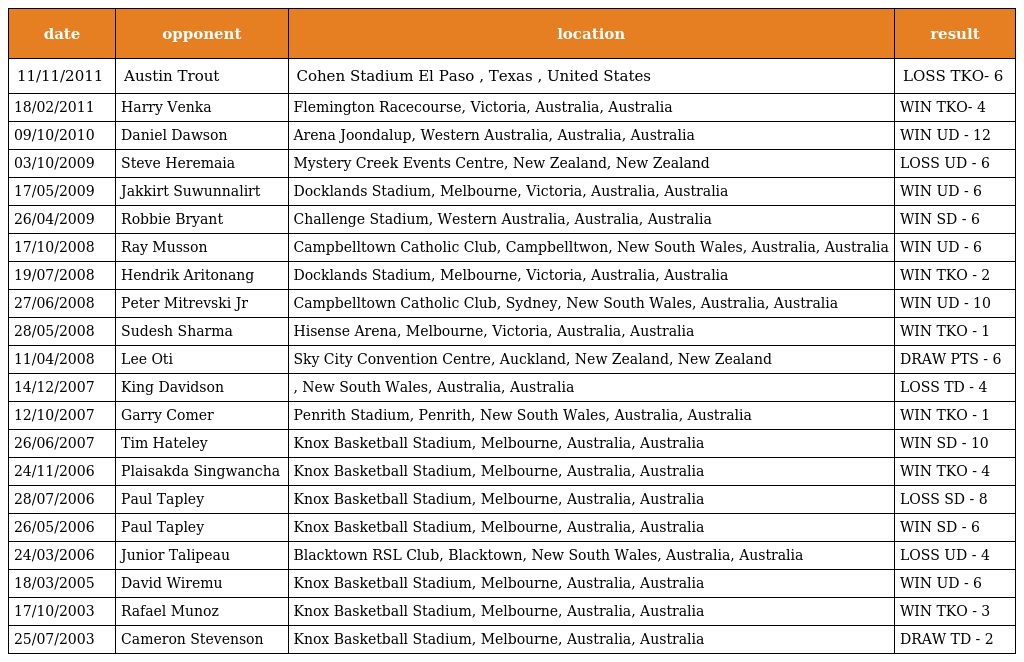
| date | opponent | location | result |
 | --- | --- | --- | --- |
 | 11/11/2011 | Austin Trout | Cohen Stadium El Paso , Texas , United States | LOSS TKO- 6 |
 | 18/02/2011 | Harry Venka | Flemington Racecourse, Victoria, Australia, Australia | WIN TKO- 4 |
 | 09/10/2010 | Daniel Dawson | Arena Joondalup, Western Australia, Australia, Australia | WIN UD - 12 |
 | 03/10/2009 | Steve Heremaia | Mystery Creek Events Centre, New Zealand, New Zealand | LOSS UD - 6 |
 | 17/05/2009 | Jakkirt Suwunnalirt | Docklands Stadium, Melbourne, Victoria, Australia, Australia | WIN UD - 6 |
 | 26/04/2009 | Robbie Bryant | Challenge Stadium, Western Australia, Australia, Australia | WIN SD - 6 |
 | 17/10/2008 | Ray Musson | Campbelltown Catholic Club, Campbelltwon, New South Wales, Australia, Australia | WIN UD - 6 |
 | 19/07/2008 | Hendrik Aritonang | Docklands Stadium, Melbourne, Victoria, Australia, Australia | WIN TKO - 2 |
 | 27/06/2008 | Peter Mitrevski Jr | Campbelltown Catholic Club, Sydney, New South Wales, Australia, Australia | WIN UD - 10 |
 | 28/05/2008 | Sudesh Sharma | Hisense Arena, Melbourne, Victoria, Australia, Australia | WIN TKO - 1 |
 | 11/04/2008 | Lee Oti | Sky City Convention Centre, Auckland, New Zealand, New Zealand | DRAW PTS - 6 |
 | 14/12/2007 | King Davidson | , New South Wales, Australia, Australia | LOSS TD - 4 |
 | 12/10/2007 | Garry Comer | Penrith Stadium, Penrith, New South Wales, Australia, Australia | WIN TKO - 1 |
 | 26/06/2007 | Tim Hateley | Knox Basketball Stadium, Melbourne, Australia, Australia | WIN SD - 10 |
 | 24/11/2006 | Plaisakda Singwancha | Knox Basketball Stadium, Melbourne, Australia, Australia | WIN TKO - 4 |
 | 28/07/2006 | Paul Tapley | Knox Basketball Stadium, Melbourne, Australia, Australia | LOSS SD - 8 |
 | 26/05/2006 | Paul Tapley | Knox Basketball Stadium, Melbourne, Australia, Australia | WIN SD - 6 |
 | 24/03/2006 | Junior Talipeau | Blacktown RSL Club, Blacktown, New South Wales, Australia, Australia | LOSS UD - 4 |
 | 18/03/2005 | David Wiremu | Knox Basketball Stadium, Melbourne, Australia, Australia | WIN UD - 6 |
 | 17/10/2003 | Rafael Munoz | Knox Basketball Stadium, Melbourne, Australia, Australia | WIN TKO - 3 |
 | 25/07/2003 | Cameron Stevenson | Knox Basketball Stadium, Melbourne, Australia, Australia | DRAW TD - 2 |